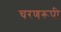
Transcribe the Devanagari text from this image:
चरणरूपी